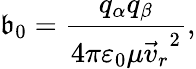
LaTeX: {{\mathfrak{b}}_{0}}=\frac{{{{q}_{\alpha}}{{q}_{\beta}}}}{{4\pi{{\varepsilon}_{0}}\mu{{\vec{{v}}_{r}}^{2}}}},